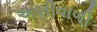
અણીવાળી